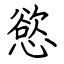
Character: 慾